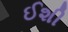
ઈશી